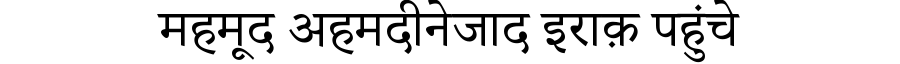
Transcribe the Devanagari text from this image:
महमूद अहमदीनेजाद इराक़ पहुंचे